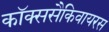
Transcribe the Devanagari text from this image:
कॉक्ससैकिवायरस